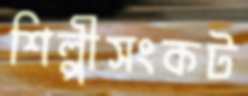
শিল্পীসংকট